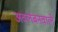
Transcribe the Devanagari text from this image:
अवलंबनवाले